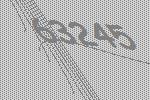
63245